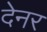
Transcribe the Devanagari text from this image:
देनर